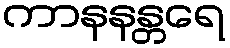
ကာနနန္တရေ